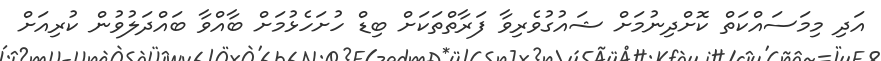
އަދި މިމަސައްކަތް ކޮށްދިނުމަށް ޝައުގުވެރިވާ ފަރާތްތަކަށް ބިޑް ހުށަހެޅުމަށް ބާއްވާ ބައްދަލުވުން ކުރިއަށް